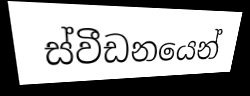
ස්වීඩනයෙන්